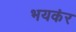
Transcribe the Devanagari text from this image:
भयकंर